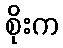
စိုးက